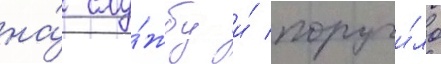
на́ слу́жбу и́ поручи́ло